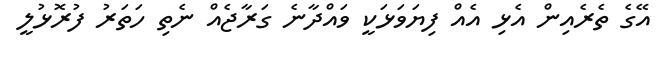
އޭގެ ތެރެއިން އެޅި އެއް ފިޔަވަޅަކީ ވައްދާނެ ގަރާޖެއް ނެތި ހަތަރު ފުރޮޅުލީ